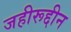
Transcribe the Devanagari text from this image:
जहीरूद्दीन